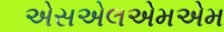
એસએલએમએમ